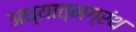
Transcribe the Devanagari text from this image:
अध्यात्मग्रंथ